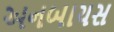
અનબાયસ